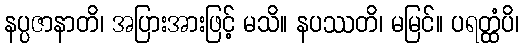
နပ္ပဇာနာတိ၊ အပြားအားဖြင့် မသိ။ နပဿတိ၊ မမြင်။ ပရတ္ထံပိ၊